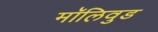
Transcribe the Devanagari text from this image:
मॉलिवुड